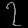
Digit: ၇